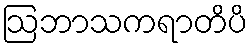
ဩဘာသကရာတိပိ